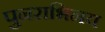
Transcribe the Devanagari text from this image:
पुनराभिनय